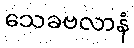
သေခဗလာနံ